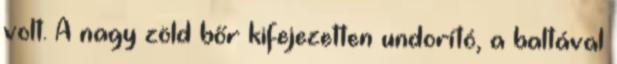
volt. A nagy zöld bőr kifejezetten undorító, a baltával